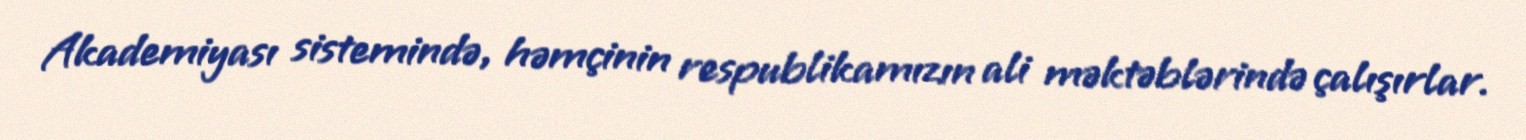
Akademiyası sistemində, həmçinin respublikamızın ali məktəblərində çalışırlar.